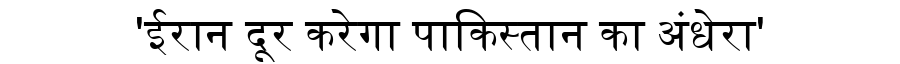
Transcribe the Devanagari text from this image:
'ईरान दूर करेगा पाकिस्तान का अंधेरा'